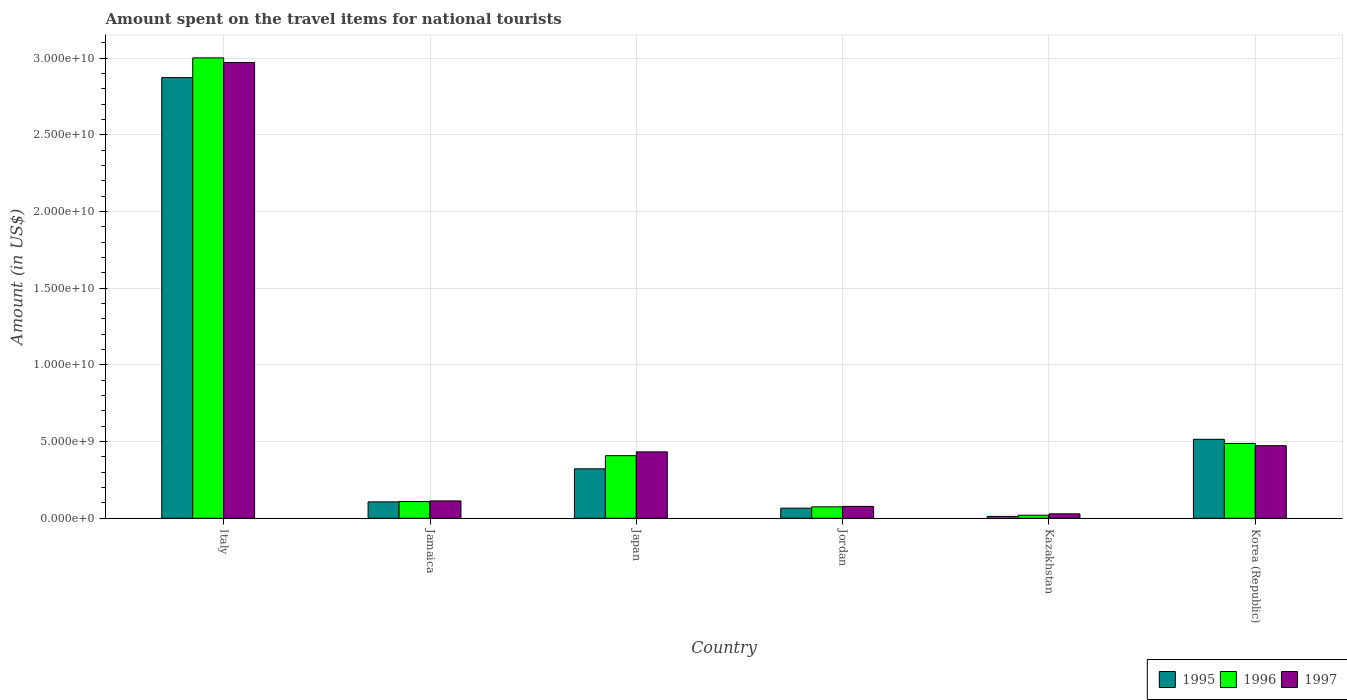
| Country | 1995 | 1996 | 1997 |
 | --- | --- | --- | --- |
 | Italy | 2.87e+10 | 3e+10 | 2.97e+10 |
 | Jamaica | 1.07e+09 | 1.09e+09 | 1.13e+09 |
 | Japan | 3.22e+09 | 4.08e+09 | 4.33e+09 |
 | Jordan | 6.6e+08 | 7.44e+08 | 7.74e+08 |
 | Kazakhstan | 1.22e+08 | 1.99e+08 | 2.89e+08 |
 | Korea (Republic) | 5.15e+09 | 4.88e+09 | 4.73e+09 |